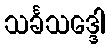
သင်္ခသဒ္ဒေါ